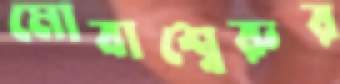
মোবাশ্বেরুর